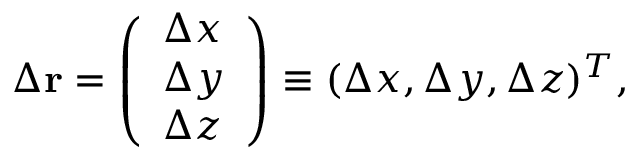
\Delta \mathbf { r } = \left( \begin{array} { l } { \Delta x } \\ { \Delta y } \\ { \Delta z } \end{array} \right) \equiv ( \Delta x , \Delta y , \Delta z ) ^ { T } ,